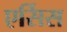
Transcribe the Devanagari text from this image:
एर्सिस